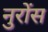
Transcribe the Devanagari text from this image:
नुरोंस